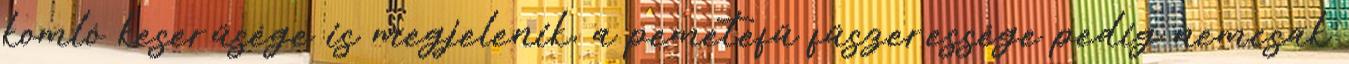
komló keserűsége is megjelenik, a pemetefű fűszeressége pedig nemcsak